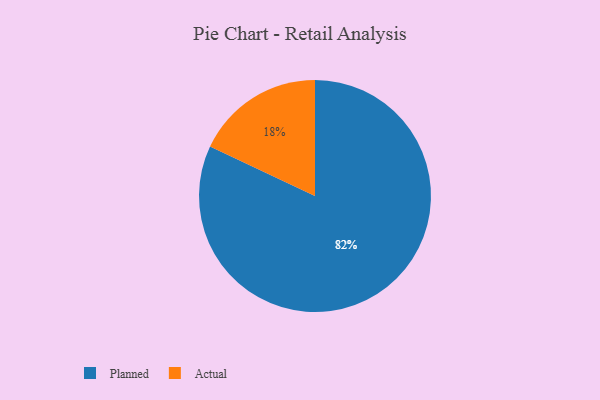
{"axis": {"x": "Category", "y": "Percentage"}, "legend": ["Actual", "Planned"], "data": [{"x": "Planned", "y": 82, "type": "Planned"}, {"x": "Actual", "y": 18, "type": "Actual"}]}